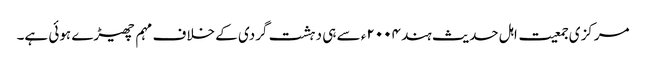
مرکزی جمعیت اہل حدیث ہند ۲۰۰۴ء سے ہی دہشت گردی کے خلاف مہم چھیڑے ہوئی ہے۔